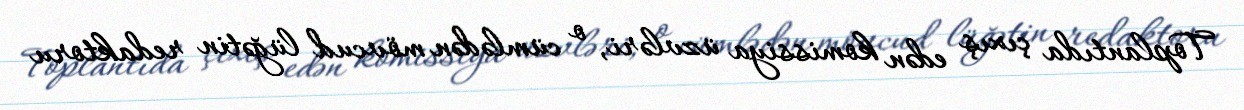
Toplantıda çıxış edən komissiya üzvləri, o cümlədən mövcud lüğətin redaktoru